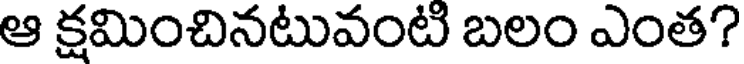
ఆ క్షమించినటువంటి బలం ఎంత?